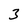
Character: 3